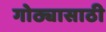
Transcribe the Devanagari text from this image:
गोठ्यासाठी